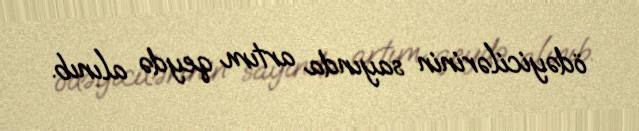
ödəyicilərinin sayında artım qeydə alınıb.